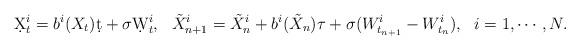
LaTeX: \begin{align*}\d X_t^i = b^i(X_t)\d t + \sigma\d W_t^i,~~\tilde X_{n+1}^i = \tilde X_n^i + b^i(\tilde X_n)\tau + \sigma (W_{t_{n+1}}^i-W_{t_n}^i),~~i=1,\cdots,N.\end{align*}